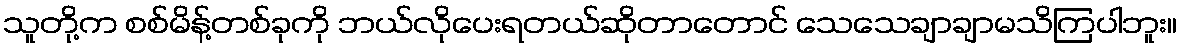
သူတို့က စစ်မိန့်တစ်ခုကို ဘယ်လိုပေးရတယ်ဆိုတာတောင် သေသေချာချာမသိကြပါဘူး။